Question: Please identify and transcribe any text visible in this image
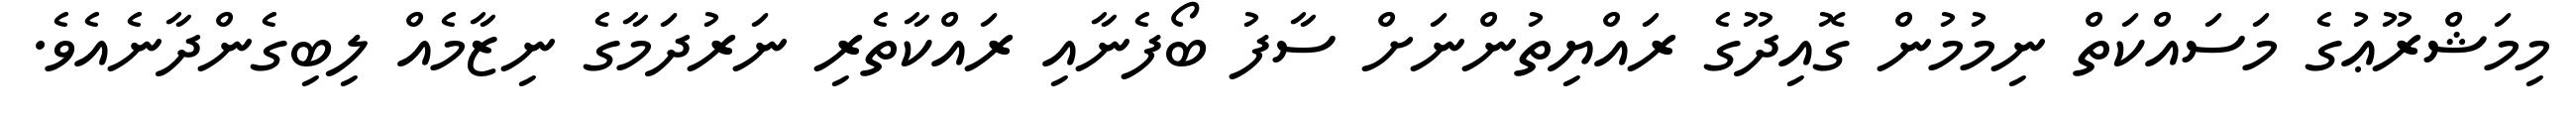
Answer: މިމަޝްރޫޢުގެ މަސައްކަތް ނިމުމުން ގޮއިދޫގެ ރައްޔިތުންނަށް ސާފު ބޯފެނާއި ރައްކާތެރި ނަރުދަމާގެ ނިޒާމެއް ލިބިގެންދާނެއެވެ.